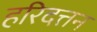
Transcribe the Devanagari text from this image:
हरिदत्तन